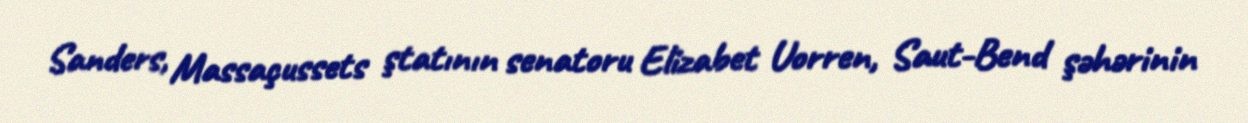
Sanders, Massaçussets ştatının senatoru Elizabet Uorren, Saut-Bend şəhərinin